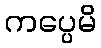
ကပ္ပေမိ